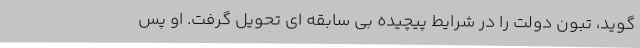
گوید، تبون دولت را در شرایط پیچیده بی سابقه ای تحویل گرفت‌. او پس